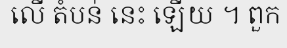
លើ តំបន់ នេះ ឡើយ ។ ពួក